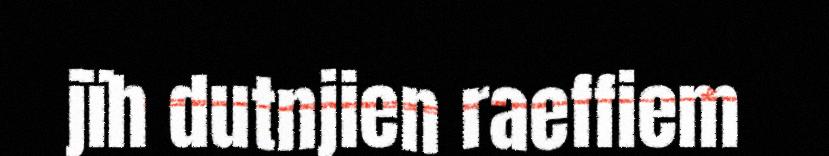
jïh dutnjien raeffiem